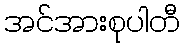
အင်အားစုပါတီ